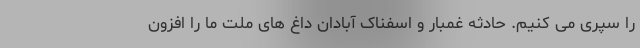
را سپری می کنیم. حادثه غمبار و اسفناک آبادان داغ های ملت ما را افزون